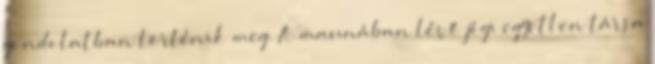
gondolatban történik meg. A maunában lévő jógi egyetlen társa